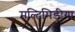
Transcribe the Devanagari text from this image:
मल्टिमिडीया